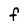
Character: F